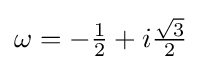
\omega =-{\tfrac {1}{2}}+i{\tfrac {\sqrt {3}}{2}}